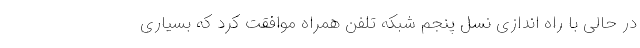
در حالی با راه اندازی نسل پنجم شبکه تلفن همراه موافقت کرد که بسیاری